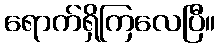
ရောက်ရှိကြလေပြီ။